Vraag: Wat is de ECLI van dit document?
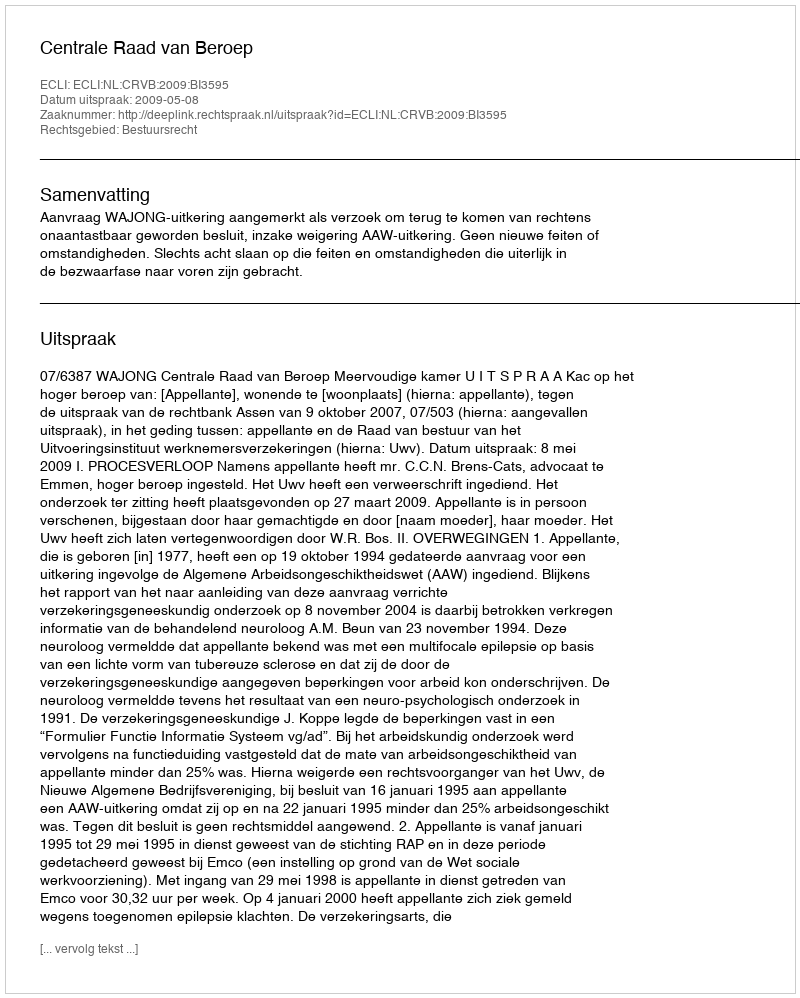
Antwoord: ECLI:NL:CRVB:2009:BI3595